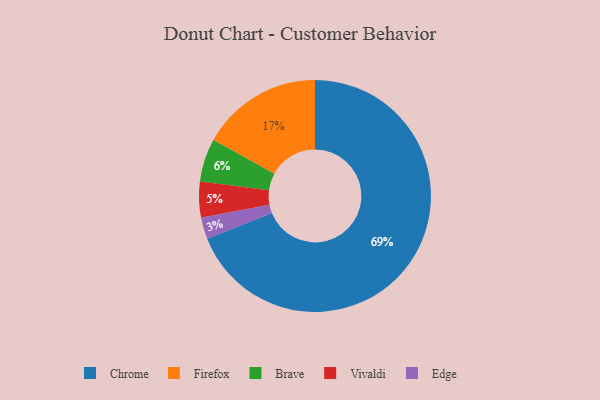
{"axis": {"x": "Category", "y": "Percentage"}, "legend": ["Brave", "Chrome", "Edge", "Firefox", "Vivaldi"], "data": [{"x": "Vivaldi", "y": 5, "type": "Vivaldi"}, {"x": "Brave", "y": 6, "type": "Brave"}, {"x": "Firefox", "y": 17, "type": "Firefox"}, {"x": "Edge", "y": 3, "type": "Edge"}, {"x": "Chrome", "y": 69, "type": "Chrome"}]}